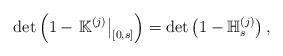
LaTeX: \begin{align*}\det\left(1-\left.\mathbb K^{(j)}\right|_{[0,s]}\right)=\det\left(1-\mathbb H_s^{(j)}\right),\end{align*}